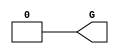
///////////////////////////////////////////////////////////////////////////////
//    Copyright (c) 1995/2009 Xilinx, Inc.
// 
//    Licensed under the Apache License, Version 2.0 (the "License");
//    you may not use this file except in compliance with the License.
//    You may obtain a copy of the License at
// 
//        http://www.apache.org/licenses/LICENSE-2.0
// 
//    Unless required by applicable law or agreed to in writing, software
//    distributed under the License is distributed on an "AS IS" BASIS,
//    WITHOUT WARRANTIES OR CONDITIONS OF ANY KIND, either express or implied.
//    See the License for the specific language governing permissions and
//    limitations under the License.
///////////////////////////////////////////////////////////////////////////////
//   ____  ____
//  /   /\/   /
// /___/  \  /    Vendor : Xilinx
// \   \   \/     Version : 10.1
//  \   \         Description : Xilinx Functional Simulation Library Component
//  /   /                  GND Connection
// /___/   /\     Filename : GND.v
// \   \  /  \    Timestamp : Thu Mar 25 16:42:19 PST 2004
//  \___\/\___\
//
// Revision:
//    03/23/04 - Initial version.
//    05/23/07 - Changed timescale to 1 ps / 1 ps.

`timescale  1 ps / 1 ps


`celldefine

module GND(G);


`ifdef XIL_TIMING

    parameter LOC = "UNPLACED";

`endif

    output G;

    assign G = 1'b0;

endmodule

`endcelldefine